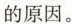
的原因。